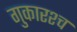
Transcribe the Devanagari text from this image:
गुकारश्च